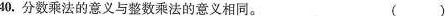
40.分数乘法的意义与整数乘法的意义相同。 ( )